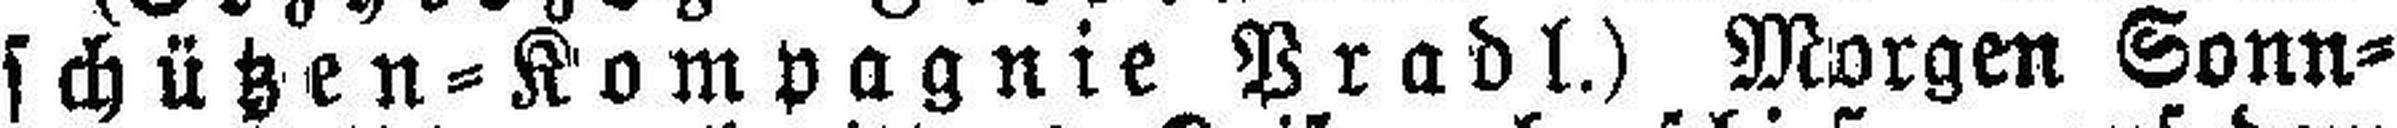
schützen = Kompagnie Pradl.) Morgen Sonn¬